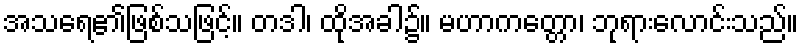
အသရေ၏ဖြစ်သဖြင့်။ တဒါ၊ ထိုအခါ၌။ မဟာကတ္တော၊ ဘုရားလောင်းသည်။